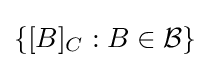
\left\{[B]_{C}:B\in {\mathcal {B}}\right\}